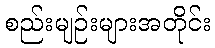
စည်းမျဉ်းများအတိုင်း